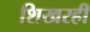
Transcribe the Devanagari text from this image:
शिखरही